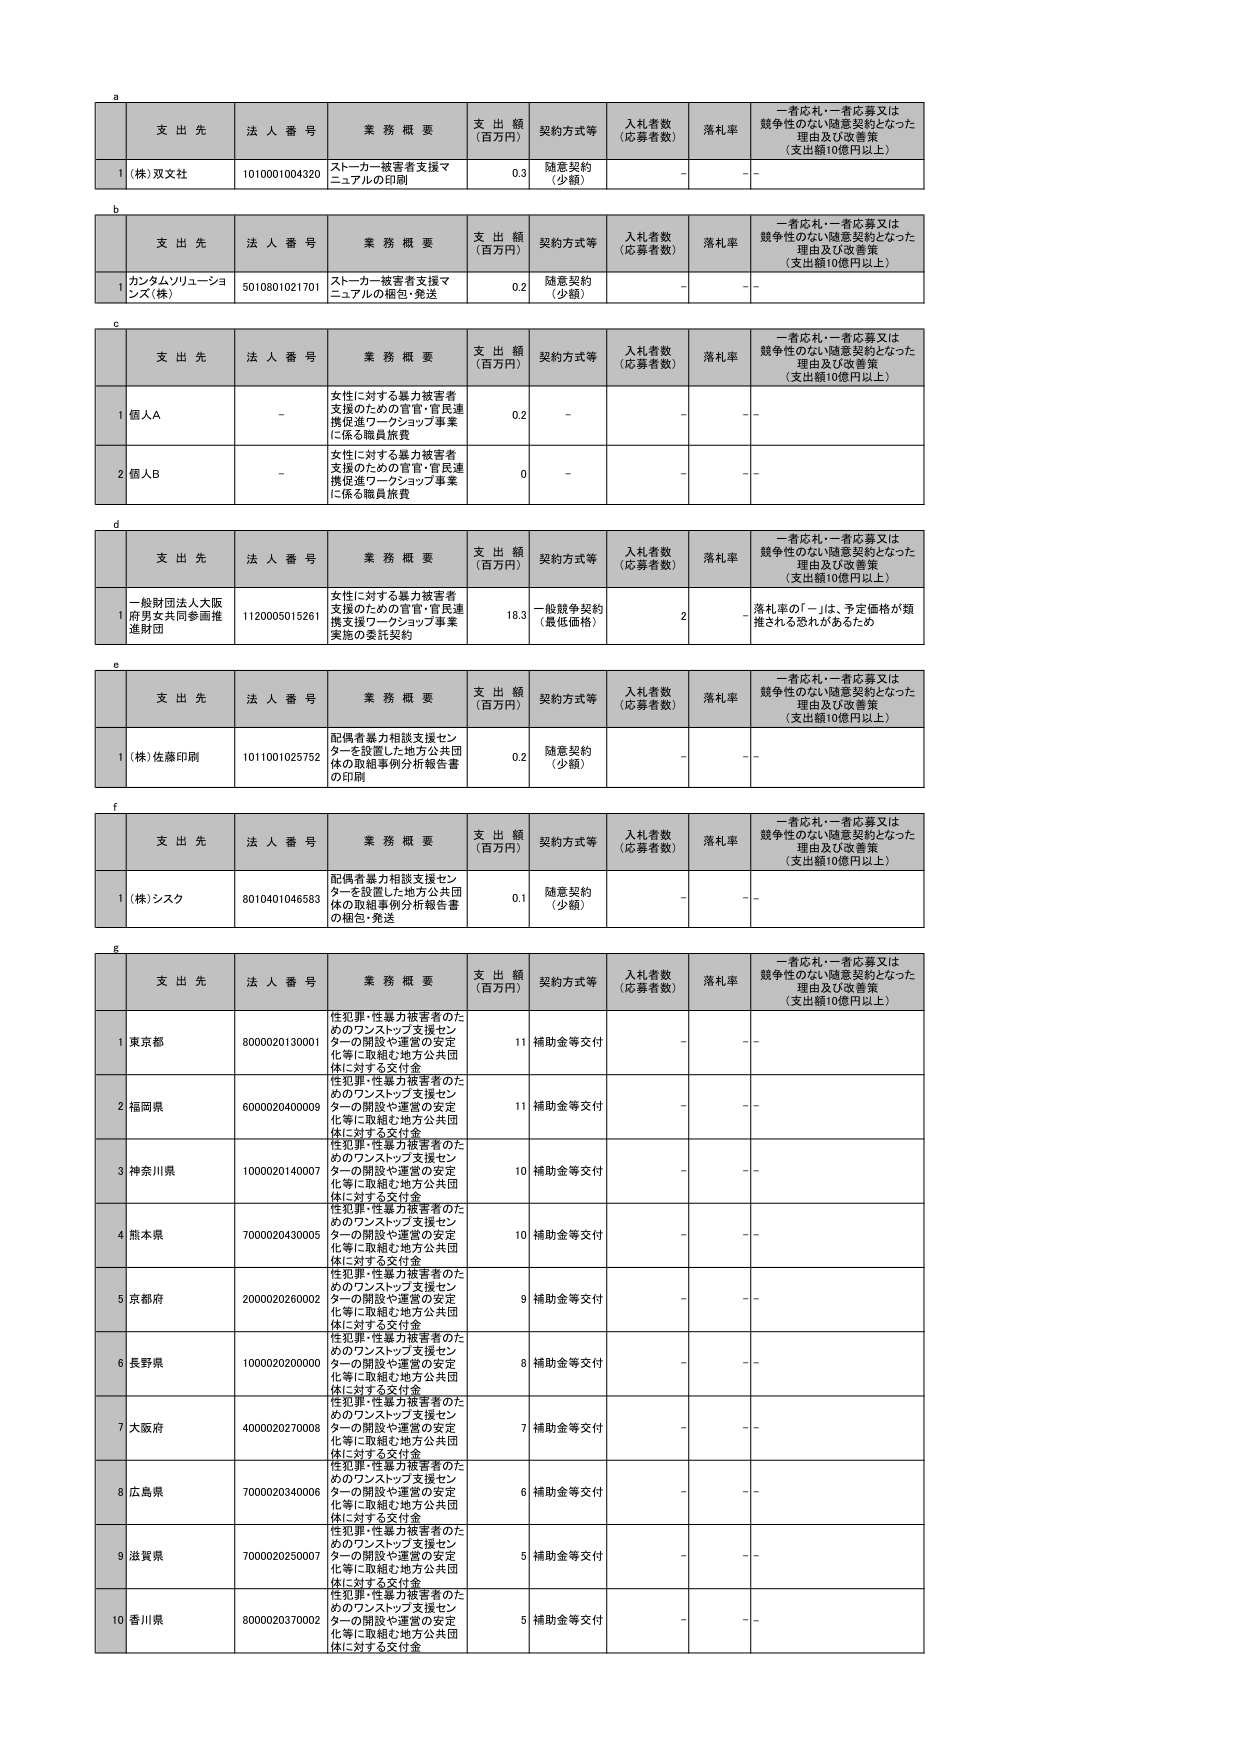
a
支 出 先 法 人 番 号 業 務 概 要 支 出 額 （百万円） 契約方式等 入札者数 （応募者数） 落札率 一者応札・一者応募又は 競争性のない随意契約となった 理由及び改善策 （支出額10億円以上）
1 (株)双文社 1010001004320 ストーカー被害者支援マニュアルの印刷 0.3 随意契約 （少額） - -

b
支 出 先 法 人 番 号 業 務 概 要 支 出 額 （百万円） 契約方式等 入札者数 （応募者数） 落札率 一者応札・一者応募又は 競争性のない随意契約となった 理由及び改善策 （支出額10億円以上）
1 カンタムソリューションズ(株) 5010801021701 ストーカー被害者支援マニュアルの梱包・発送 0.2 随意契約 （少額） - -

c
支 出 先 法 人 番 号 業 務 概 要 支 出 額 （百万円） 契約方式等 入札者数 （応募者数） 落札率 一者応札・一者応募又は 競争性のない随意契約となった 理由及び改善策 （支出額10億円以上）
1 個人A - 女性に対する暴力被害者支援のための官官・官民連携促進ワークショップ事業に係る職員旅費 0.2 - - -
2 個人B - 女性に対する暴力被害者支援のための官官・官民連携促進ワークショップ事業に係る職員旅費 0 - - -

d
支 出 先 法 人 番 号 業 務 概 要 支 出 額 （百万円） 契約方式等 入札者数 （応募者数） 落札率 一者応札・一者応募又は 競争性のない随意契約となった 理由及び改善策 （支出額10億円以上）
1 一般財団法人大阪府男女共同参画推進財団 1120005015261 女性に対する暴力被害者支援のための官官・官民連携支援ワークショップ事業実施の委託契約 18.3 一般競争契約 （最低価格） 2 - 落札率の「－」は、予定価格が類推される恐れがあるため

e
支 出 先 法 人 番 号 業 務 概 要 支 出 額 （百万円） 契約方式等 入札者数 （応募者数） 落札率 一者応札・一者応募又は 競争性のない随意契約となった 理由及び改善策 （支出額10億円以上）
1 (株)佐藤印刷 1011001025752 配偶者暴力相談支援センターを設置した地方公共団体の取組事例分析報告書の印刷 0.2 随意契約 （少額） - -

f
支 出 先 法 人 番 号 業 務 概 要 支 出 額 （百万円） 契約方式等 入札者数 （応募者数） 落札率 一者応札・一者応募又は 競争性のない随意契約となった 理由及び改善策 （支出額10億円以上）
1 (株)シンク 8010401046583 配偶者暴力相談支援センターを設置した地方公共団体の取組事例分析報告書の梱包・発送 0.1 随意契約 （少額） - -

g
支 出 先 法 人 番 号 業 務 概 要 支 出 額 （百万円） 契約方式等 入札者数 （応募者数） 落札率 一者応札・一者応募又は 競争性のない随意契約となった 理由及び改善策 （支出額10億円以上）
1 東京都 8000020130001 性犯罪・性暴力被害者のためのワンストップ支援センターの開設や運営の安定化等に取組む地方公共団体に対する交付金 11 補助金等交付 - -
2 福岡県 6000020400009 性犯罪・性暴力被害者のためのワンストップ支援センターの開設や運営の安定化等に取組む地方公共団体に対する交付金 11 補助金等交付 - -
3 神奈川県 1000020140007 性犯罪・性暴力被害者のためのワンストップ支援センターの開設や運営の安定化等に取組む地方公共団体に対する交付金 10 補助金等交付 - -
4 熊本県 7000020430005 性犯罪・性暴力被害者のためのワンストップ支援センターの開設や運営の安定化等に取組む地方公共団体に対する交付金 10 補助金等交付 - -
5 京都府 2000020260002 性犯罪・性暴力被害者のためのワンストップ支援センターの開設や運営の安定化等に取組む地方公共団体に対する交付金 9 補助金等交付 - -
6 長野県 1000020200000 性犯罪・性暴力被害者のためのワンストップ支援センターの開設や運営の安定化等に取組む地方公共団体に対する交付金 8 補助金等交付 - -
7 大阪府 4000020270008 性犯罪・性暴力被害者のためのワンストップ支援センターの開設や運営の安定化等に取組む地方公共団体に対する交付金 7 補助金等交付 - -
8 広島県 7000020340006 性犯罪・性暴力被害者のためのワンストップ支援センターの開設や運営の安定化等に取組む地方公共団体に対する交付金 6 補助金等交付 - -
9 滋賀県 7000020250007 性犯罪・性暴力被害者のためのワンストップ支援センターの開設や運営の安定化等に取組む地方公共団体に対する交付金 5 補助金等交付 - -
10 香川県 8000020370002 性犯罪・性暴力被害者のためのワンストップ支援センターの開設や運営の安定化等に取組む地方公共団体に対する交付金 5 補助金等交付 - -